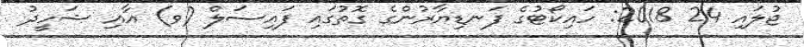
ޖުލައި 24 2018: ހައިކޯޓުގެ ފަނޑިޔާރުންގެ ގޮތުގައި ފައިސަލް (ވ) އާއި ޝަހީދު